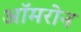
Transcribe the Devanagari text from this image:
ऑमरोन